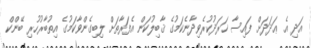
އަދި އެ ޢަދަދަށް ފައިސާ ޚަރަދުކުރެވިދާނެކަމުގެ ޤާބިލުކަން އެފަރާތަށް ލިބިގެންވާކަމުގެ އިތުބާރުހުރި ބޭންކް